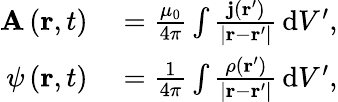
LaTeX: \begin{array}{rl}{\mathbf{A}\left(\mathbf{r},t\right)}&{{}={\frac{\mu_{0}}{4\pi}}\int{\frac{\mathbf{j}\left(\mathbf{r}^{\prime}\right)}{\left|\mathbf{r}-\mathbf{r}^{\prime}\right|}}\, \mathrm{d}V^{\prime},}\\ {\psi\left(\mathbf{r},t\right)}&{{}={\frac{1}{4\pi}}\int{\frac{\rho\left(\mathbf{r}^{\prime}\right)}{\left|\mathbf{r}-\mathbf{r}^{\prime}\right|}}\, \mathrm{d}V^{\prime},}\end{array}